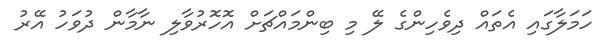
ހަމަލާގައި އެތައް ދިވެހިންގެ ލޭ މި ބިންމައްޗަށް އޮހޮރުވާލި ނާމާން ދުވަހު އޭރު